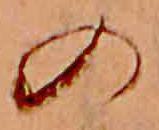
の